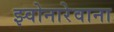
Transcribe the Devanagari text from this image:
झ्वोनारेवाना